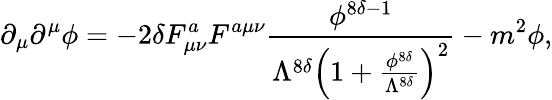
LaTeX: \partial_{\mu}\partial^{\mu}\phi=-2\delta F_{\mu\nu}^{a}F^{a\mu\nu}\frac{\phi^{8\delta-1}}{\Lambda^{8\delta}\left(1+\frac{\phi^{8\delta}}{\Lambda^{8\delta}}\right)^{2}}-m^{2}\phi,